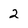
Character: 2